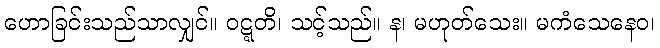
ဟောခြင်းသည်သာလျှင်။ ဝဋ္ဋတိ၊ သင့်သည်။ န၊ မဟုတ်သေး။ မကံသေနေဝ၊